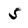
Character: 5